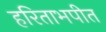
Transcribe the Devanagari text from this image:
हरिताभपीत